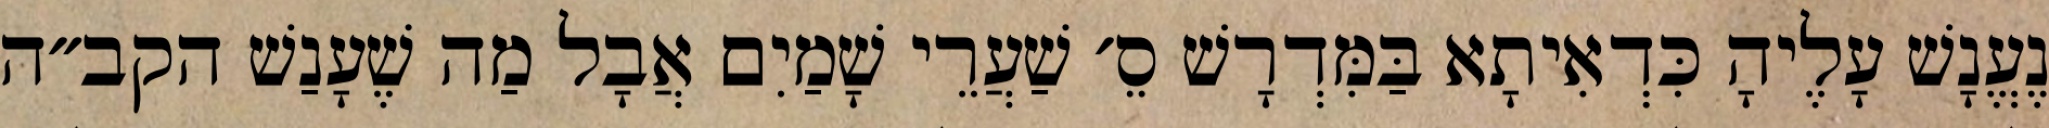
נֶעֱנָשׁ עָלֶיהָ כִּדְאִיתָא בַּמִּדְרָשׁ סֵ׳ שַׁעֲרֵי שָׁמַיִם אֲבָל מַה שֶׁעָנַשׁ הקב״ה